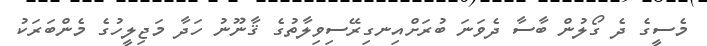
މެސީގެ ދެ ގޯލުން ބާސާ ދެވަނަ ބުރަށްއިނގިރޭސިވިލާތުގެ ޤާނޫނު ހަދާ މަޖިލީހުގެ މެންބަރަކު